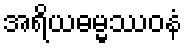
အရိယဓမ္မဿဝနံ